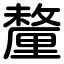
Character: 釐